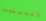
لانسيلوت